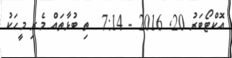
އޮކްޓޯބަރު 20